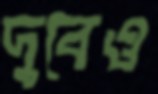
দুবেও